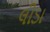
લીડા